Bombay plague: being a history of the progress of plague in the Bombay presidency from September 1896 to June 1899
Year: 1896
Disease focus: Plague
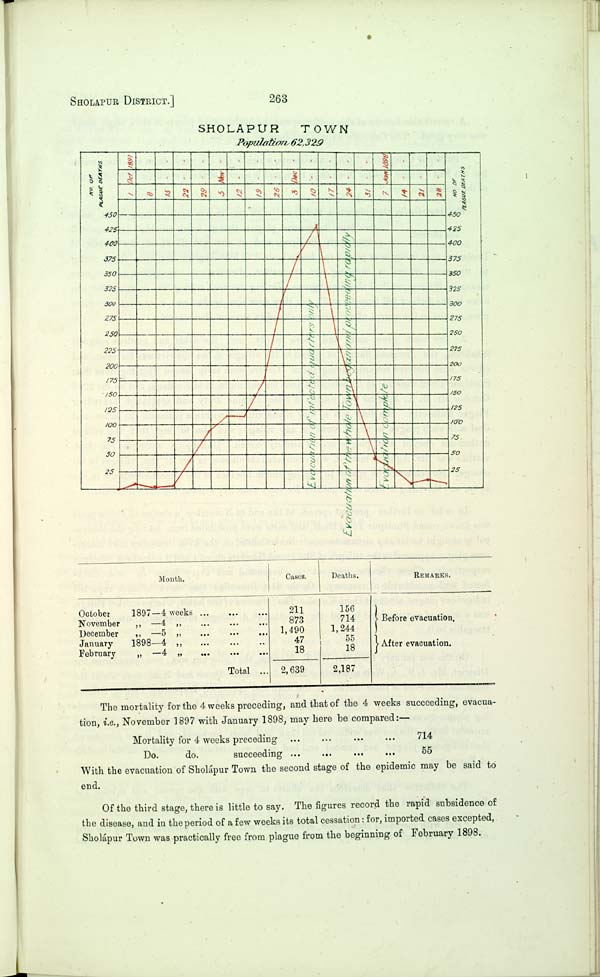
SHOLAPUr DISTRICT.]
263
SHOLAPUR
TOWN
Population 62,329
Month.
October
1897—4
weeks
November " —4
"
December " —5
"
January
1898—4
"
February
"
—4
"
Total
Cases.
211
873
1,490
47
18
2,639
Deaths.
156
714
1,244
55
18
2,187
REMArKS.
Before evacuation.
After evacuation.
The mortality for the 4 weeks preceding, and that of the 4 weeks succeeding, evacua-
tion, i.e., November 1897 with January 1898, may here be compared:—
Mortality for 4 weeks preceding
714
Do.
do.
succeeding
55
With the evacuation of Sholápur Town the second stage of the epidemic may be said to
end.
Of the third stage, there is little to say. The figures record the rapid subsidence of
the disease, and in the period of a few weeks its total cessation: for, imported cases excepted,
Sholápur Town was practically free from plague from the beginning of February 1898.